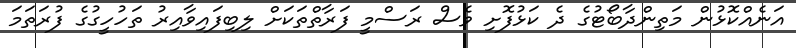
އަނެއްކޮޅުން މަތިންދާބޯޓުގެ ދެ ކަޅުފޮށި ވެސް ރަސްމީ ފަރާތްތަކަށް ލިބިފައިވާއިރު ތަހުހީގުގެ ފުރަތަމަ